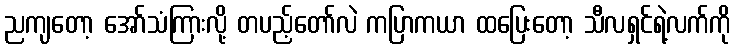
ညကျတော့ အော်သံကြားလို့ တပည့်တော်လဲ ကပြာကယာ ထပြေးတော့ သီလရှင်ရဲ့လက်ကို